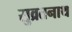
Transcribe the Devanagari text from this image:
सुव्रतनाथ